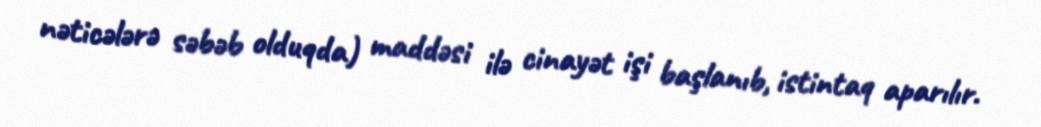
nəticələrə səbəb olduqda) maddəsi ilə cinayət işi başlanıb, istintaq aparılır.